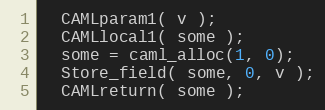
Language: C
  CAMLparam1( v );
  CAMLlocal1( some );
  some = caml_alloc(1, 0);
  Store_field( some, 0, v );
  CAMLreturn( some );